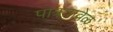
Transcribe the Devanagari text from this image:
पात्रतावेळ